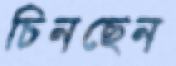
চিনছেন